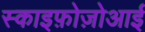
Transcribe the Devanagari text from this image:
स्काइफ़ोज़ोआई